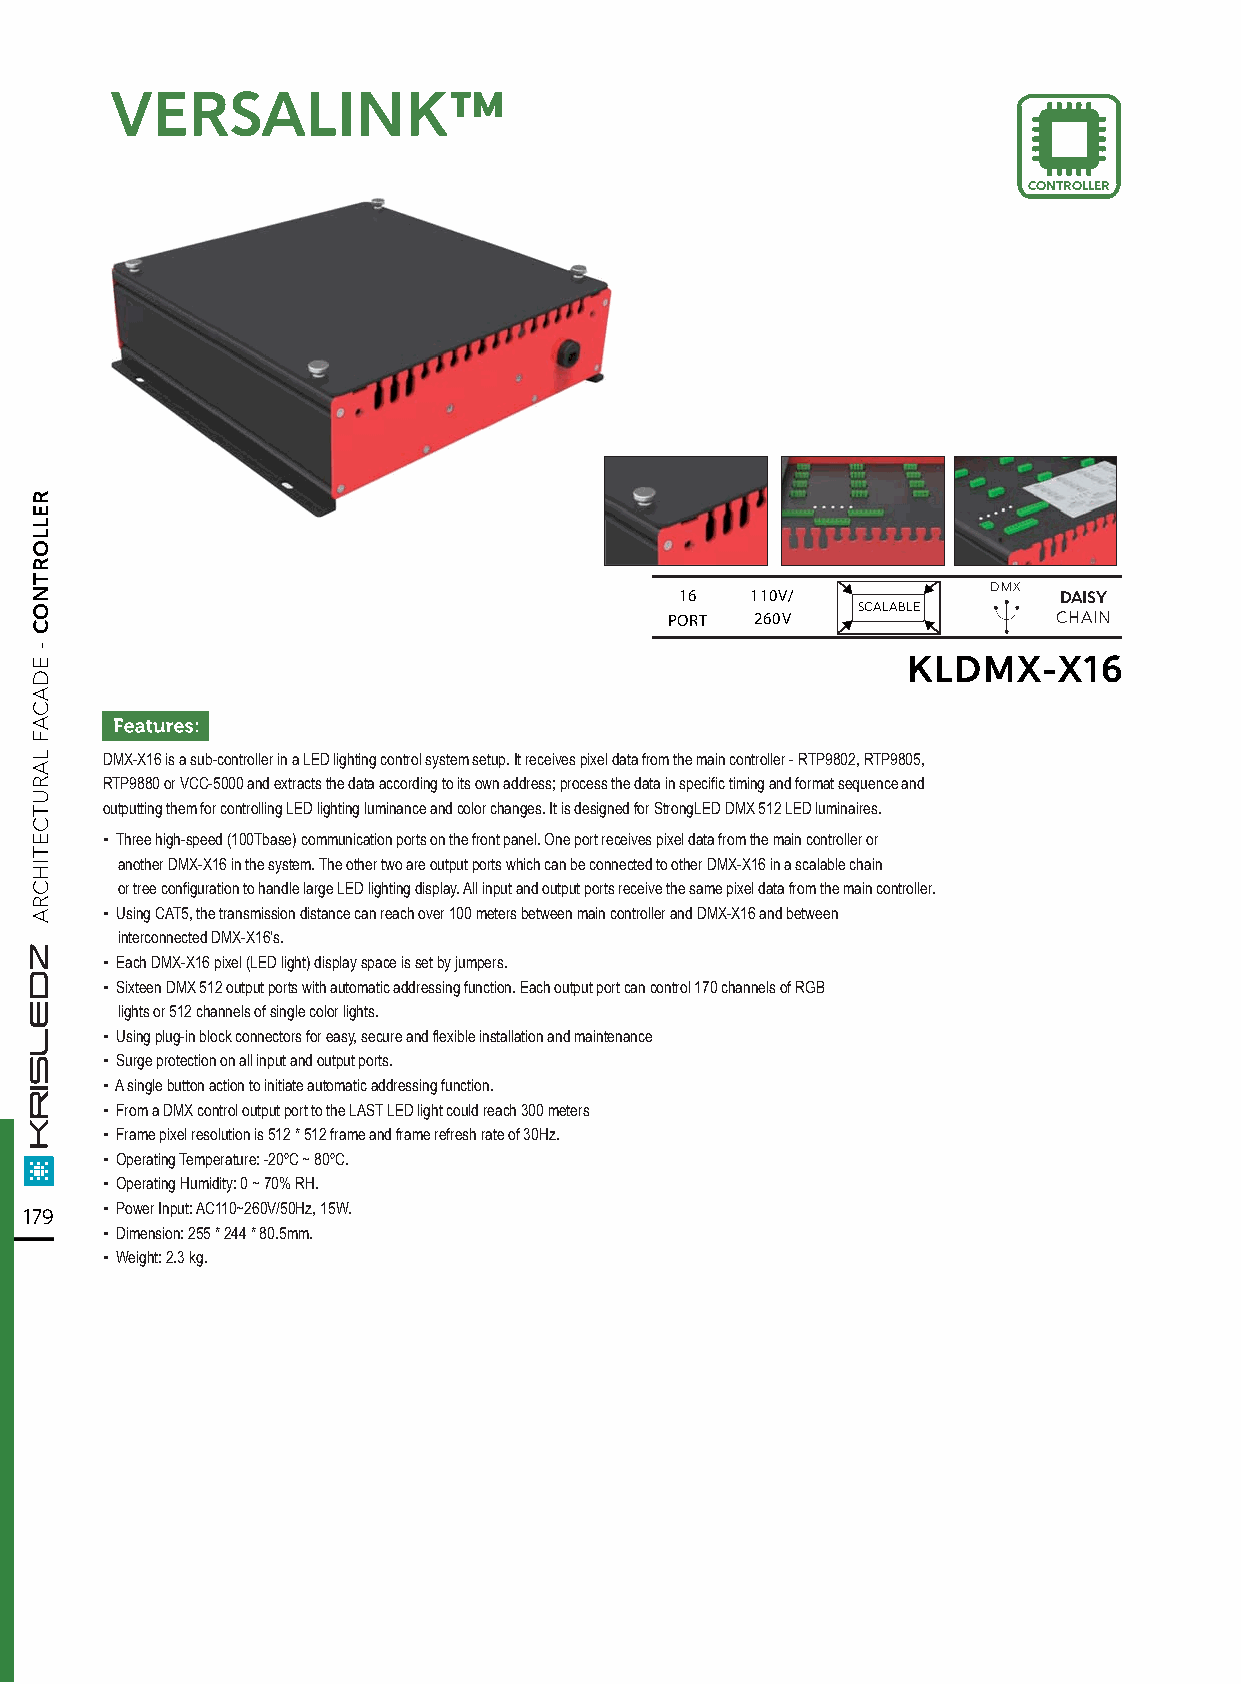
VVEERRSSAALLIINNKK™™
 CONTROLLER
 DMX
 16   110V/               DAISY
 SCALABLE
 PORT  260V                CHAIN
 KLDMX-X16
 DMX-X16 is a sub-controller in a LED lighting control system setup. It receives pixel data from the main controller - RTP9802, RTP9805,
 RTP9880 or VCC-5000 and extracts the data according to its own address; process the data in specific timing and format sequence and
 outputting them for controlling LED lighting luminance and color changes. It is designed for StrongLED DMX 512 LED luminaires.
 ▪ Three high-speed (100Tbase) communication ports on the front panel. One port receives pixel data from the main controller or
 another DMX-X16 in the system. The other two are output ports which can be connected to other DMX-X16 in a scalable chain
 or tree configuration to handle large LED lighting display. All input and output ports receive the same pixel data from the main controller.
 ▪ Using CAT5, the transmission distance can reach over 100 meters between main controller and DMX-X16 and between
 interconnected DMX-X16's.
 ▪ Each DMX-X16 pixel (LED light) display space is set by jumpers.
 ▪ Sixteen DMX 512 output ports with automatic addressing function. Each output port can control 170 channels of RGB
 lights or 512 channels of single color lights.
 ▪ Using plug-in block connectors for easy, secure and flexible installation and maintenance
 ▪ Surge protection on all input and output ports.
 ▪ A single button action to initiate automatic addressing function.
 ▪ From a DMX control output port to the LAST LED light could reach 300 meters
 ▪ Frame pixel resolution is 512 * 512 frame and frame refresh rate of 30Hz.
 ▪ Operating Temperature: -20ºC ~ 80ºC.
 ▪ Operating Humidity: 0 ~ 70% RH.
 179  ▪ Power Input: AC110~260V/50Hz, 15W.
 ▪ Dimension: 255 * 244 * 80.5mm.
 ▪ Weight: 2.3 kg.
 RELLORTNOC
 -
 EDACAF
 LARUTCETIHCRA